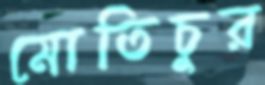
মোতিচুর